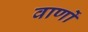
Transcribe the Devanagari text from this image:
वार्णो